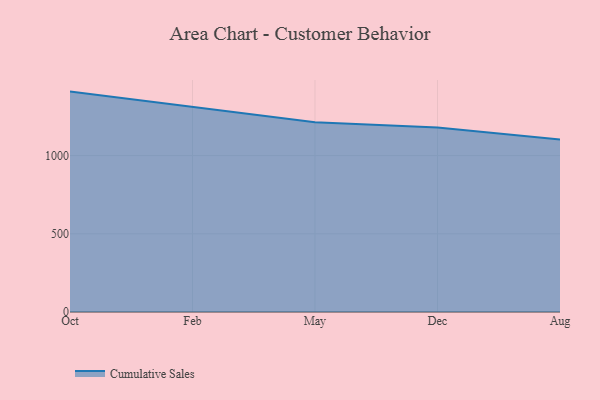
{"axis": {"x": "Month", "y": "Revenue (USD Million)"}, "legend": ["Cumulative Sales"], "data": [{"x": "Oct", "y": 1408.8, "type": "Cumulative Sales"}, {"x": "Feb", "y": 1311.7, "type": "Cumulative Sales"}, {"x": "May", "y": 1212.4, "type": "Cumulative Sales"}, {"x": "Dec", "y": 1179.8, "type": "Cumulative Sales"}, {"x": "Aug", "y": 1103.2, "type": "Cumulative Sales"}]}